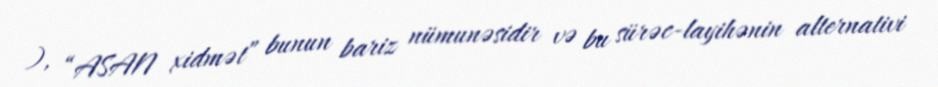
), “ASAN xidmət” bunun bariz nümunəsidir və bu sürəc-layihənin alternativi